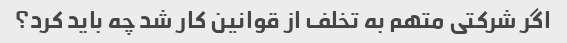
اگر شرکتی متهم به تخلف از قوانین کار شد چه باید کرد؟